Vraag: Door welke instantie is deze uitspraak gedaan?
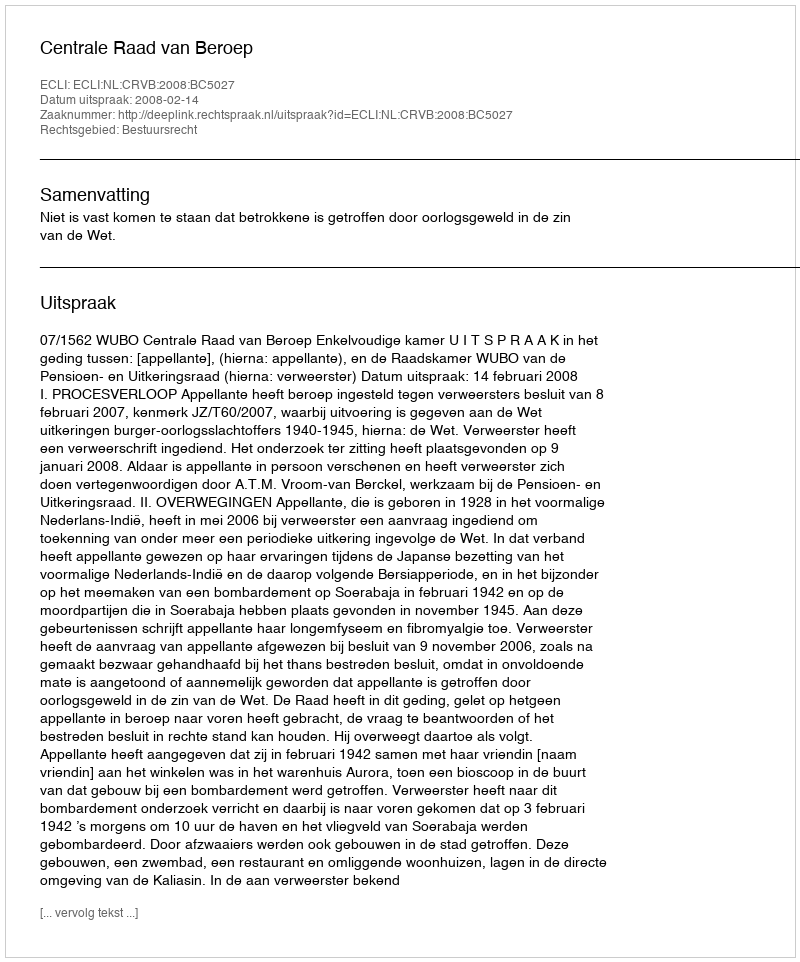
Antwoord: Centrale Raad van Beroep